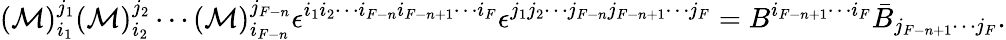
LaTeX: ({\cal M})_{i_{1}}^{j_{1}}({\cal M})_{i_{2}}^{j_{2}}\cdots({\cal M})_{i_{F-n}}^{j_{F-n}}\epsilon^{i_{1}i_{2}\cdots i_{F-n}i_{F-n+1}\cdots i_{F}}\epsilon^{j_{1}j_{2}\cdots j_{F-n}j_{F-n+1}\cdots j_{F}}=B^{i_{F-n+1}\cdots i_{F}}\bar{B}_{j_{F-n+1}\cdots j_{F}}.